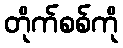
တိုက်စစ်ကို